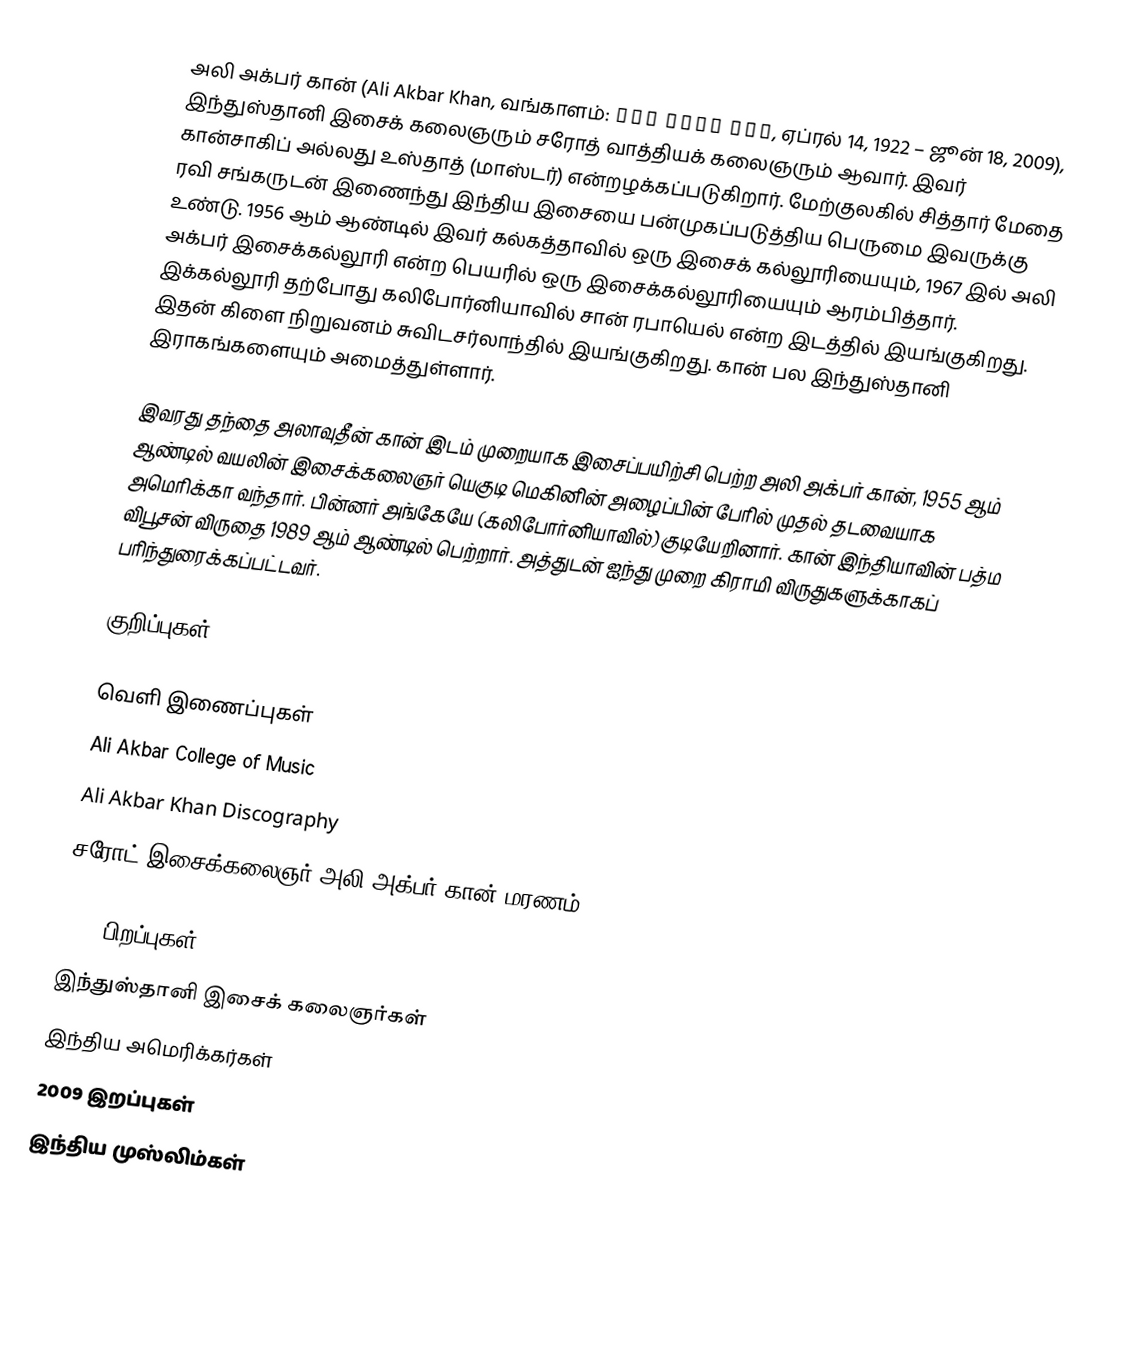
அலி அக்பர் கான் (Ali Akbar Khan, வங்காளம்: আলী আকবর খাঁ, ஏப்ரல் 14, 1922 – ஜூன் 18, 2009), இந்துஸ்தானி இசைக் கலைஞரும் சரோத் வாத்தியக் கலைஞரும் ஆவார். இவர் கான்சாகிப் அல்லது உஸ்தாத் (மாஸ்டர்) என்றழக்கப்படுகிறார். மேற்குலகில் சித்தார் மேதை ரவி சங்கருடன் இணைந்து இந்திய இசையை பன்முகப்படுத்திய பெருமை இவருக்கு உண்டு. 1956 ஆம் ஆண்டில் இவர் கல்கத்தாவில் ஒரு இசைக் கல்லூரியையும், 1967 இல் அலி அக்பர் இசைக்கல்லூரி என்ற பெயரில் ஒரு இசைக்கல்லூரியையும் ஆரம்பித்தார். இக்கல்லூரி தற்போது கலிபோர்னியாவில் சான் ரபாயெல் என்ற இடத்தில் இயங்குகிறது. இதன் கிளை நிறுவனம் சுவிடசர்லாந்தில் இயங்குகிறது. கான் பல இந்துஸ்தானி இராகங்களையும் அமைத்துள்ளார்.

இவரது தந்தை அலாவுதீன் கான் இடம் முறையாக இசைப்பயிற்சி பெற்ற அலி அக்பர் கான், 1955 ஆம் ஆண்டில் வயலின் இசைக்கலைஞர் யெகுடி மெகினின் அழைப்பின் பேரில் முதல் தடவையாக அமெரிக்கா வந்தார். பின்னர் அங்கேயே (கலிபோர்னியாவில்) குடியேறினார். கான் இந்தியாவின் பத்ம விபூசன் விருதை 1989 ஆம் ஆண்டில் பெற்றார். அத்துடன் ஐந்து முறை கிராமி விருதுகளுக்காகப் பரிந்துரைக்கப்பட்டவர்.

குறிப்புகள்

வெளி இணைப்புகள்
 Ali Akbar College of Music
 Ali Akbar Khan Discography
 சரோட் இசைக்கலைஞர் அலி அக்பர் கான் மரணம்

1922 பிறப்புகள்
இந்துஸ்தானி இசைக் கலைஞர்கள்
இந்திய அமெரிக்கர்கள்
2009 இறப்புகள்
இந்திய முஸ்லிம்கள்